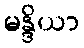
မန္ဒိယာ